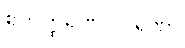
ဧကတ္ထရဏပါဝုရဏာ